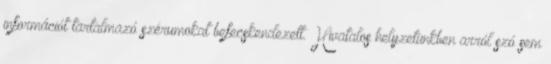
információt tartalmazó szérumokat befecskendezett. Hivatalos helyzetünkben arról szó sem